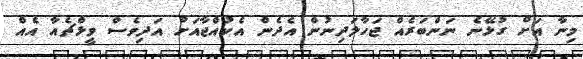
މިނާ އަށް ގުޅޭނެ ނަންބަރެއް ޖަހާލަދިނުން އެދެން އެކުއްޖާއަށް އަދިވެސް ވީޅްޗެއާ އެއް